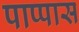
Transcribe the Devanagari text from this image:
पाप्पास